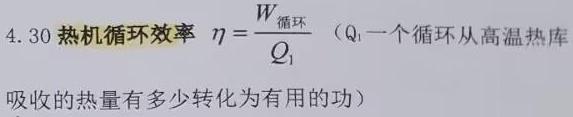
4.30 热机循环效率 $\eta=\frac{W_{循环}}{Q_{1}}$ （$Q_{1}$ 一个循环从高温热库吸收的热量有多少转化为有用的功）